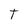
Character: T